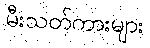
မီးသတ်ကားများ